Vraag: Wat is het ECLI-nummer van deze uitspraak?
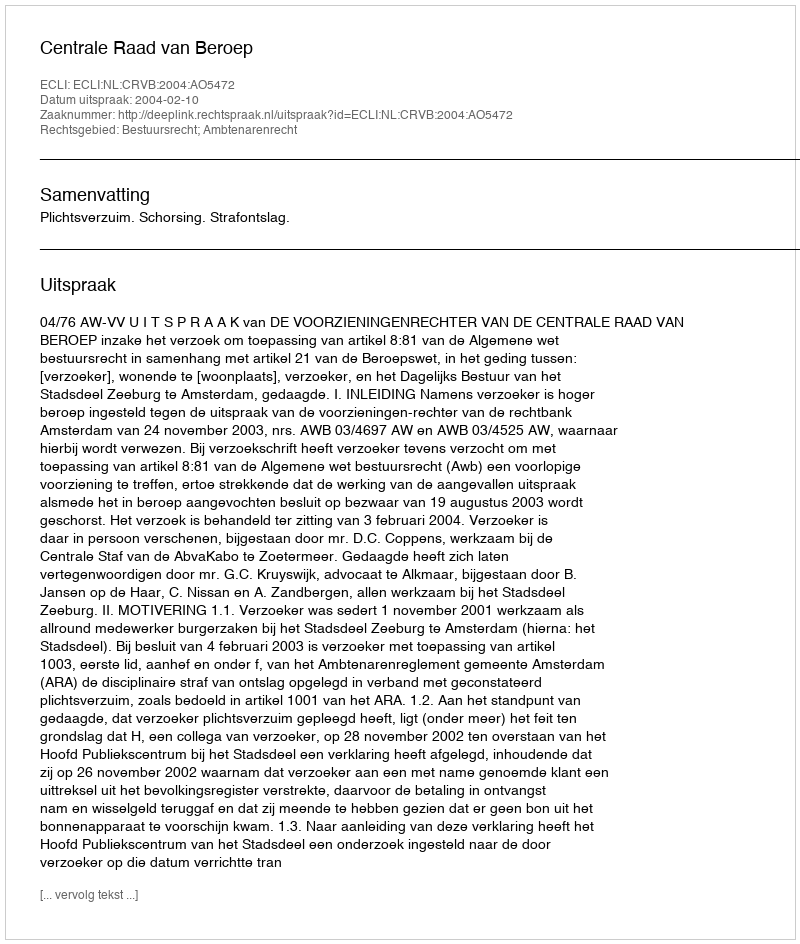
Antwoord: ECLI:NL:CRVB:2004:AO5472